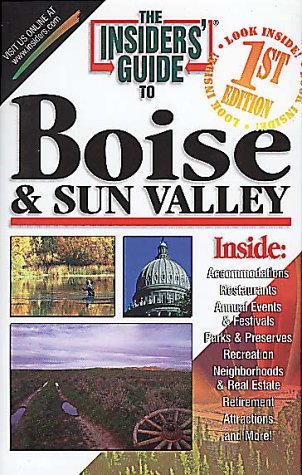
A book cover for The Insiders' Guide to Boise and Sun Valley; Peter Rose; Travel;